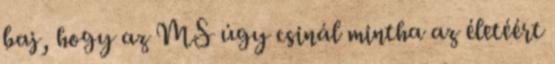
baj, hogy az MS úgy csinál mintha az életéért